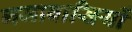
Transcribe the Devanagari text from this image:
गजावासियों